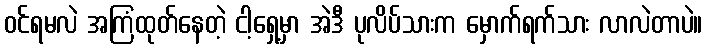
ဝင်ရမလဲ အကြံထုတ်နေတဲ့ ငါ့ရှေ့မှာ အဲဒီ ပုလိပ်သားက မှောက်ရက်သား လာလဲတာပဲ။